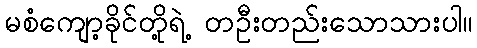
မစံကျော့ခိုင်တို့ရဲ့ တဦးတည်းသောသားပါ။